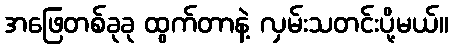
အဖြေတစ်ခုခု ထွက်တာနဲ့ လှမ်းသတင်းပို့မယ်။